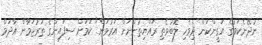
ނުދޭނެކަމުގެ ޔަގީންކަން ދިވެހި ލޮބުވެތި ރައްޔިތުންނަށް އަރުވަން" ކަމަށް ސިފައިންގެ ތަރުޖަމާން އާދަމް